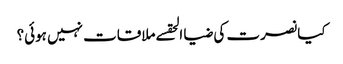
کیا نصرت کی ضیا الحقسے ملاقات نہیں ہوئی؟